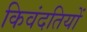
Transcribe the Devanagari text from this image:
किवंदतियों